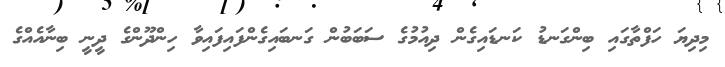
މިދިޔަ ހަފްތާގައި ބިންގަނޑު ކަނޑައިގެން ދިއުމުގެ ސަބަބުން ގަނބައިގެންފައިފައިވާ ހިންދޫންގެ ދީނީ ބިނާއެއްގެ